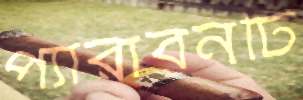
প্যারাবনটি